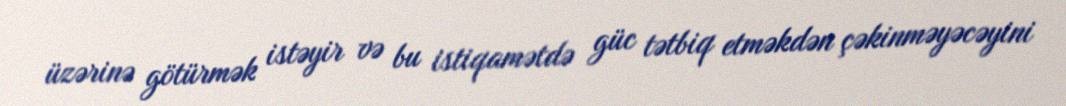
üzərinə götürmək istəyir və bu istiqamətdə güc tətbiq etməkdən çəkinməyəcəyini